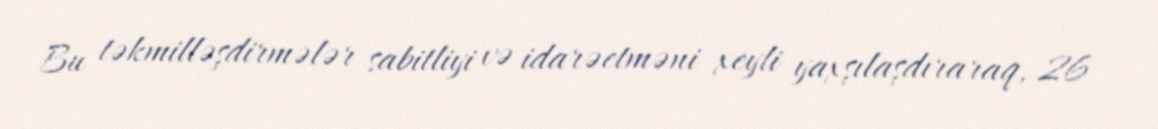
Bu təkmilləşdirmələr sabitliyi və idarəetməni xeyli yaxşılaşdıraraq, 26